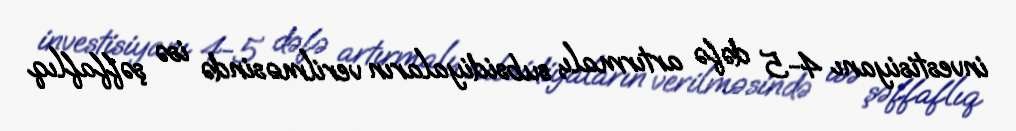
investisiyanı 4-5 dəfə artırmalı, subsidiyaların verilməsində isə şəffaflıq